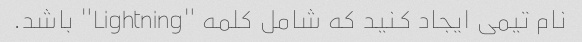
نام تیمی ایجاد کنید که شامل کلمه "Lightning" باشد.